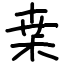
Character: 枽